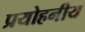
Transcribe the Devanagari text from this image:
प्रयोहनीय